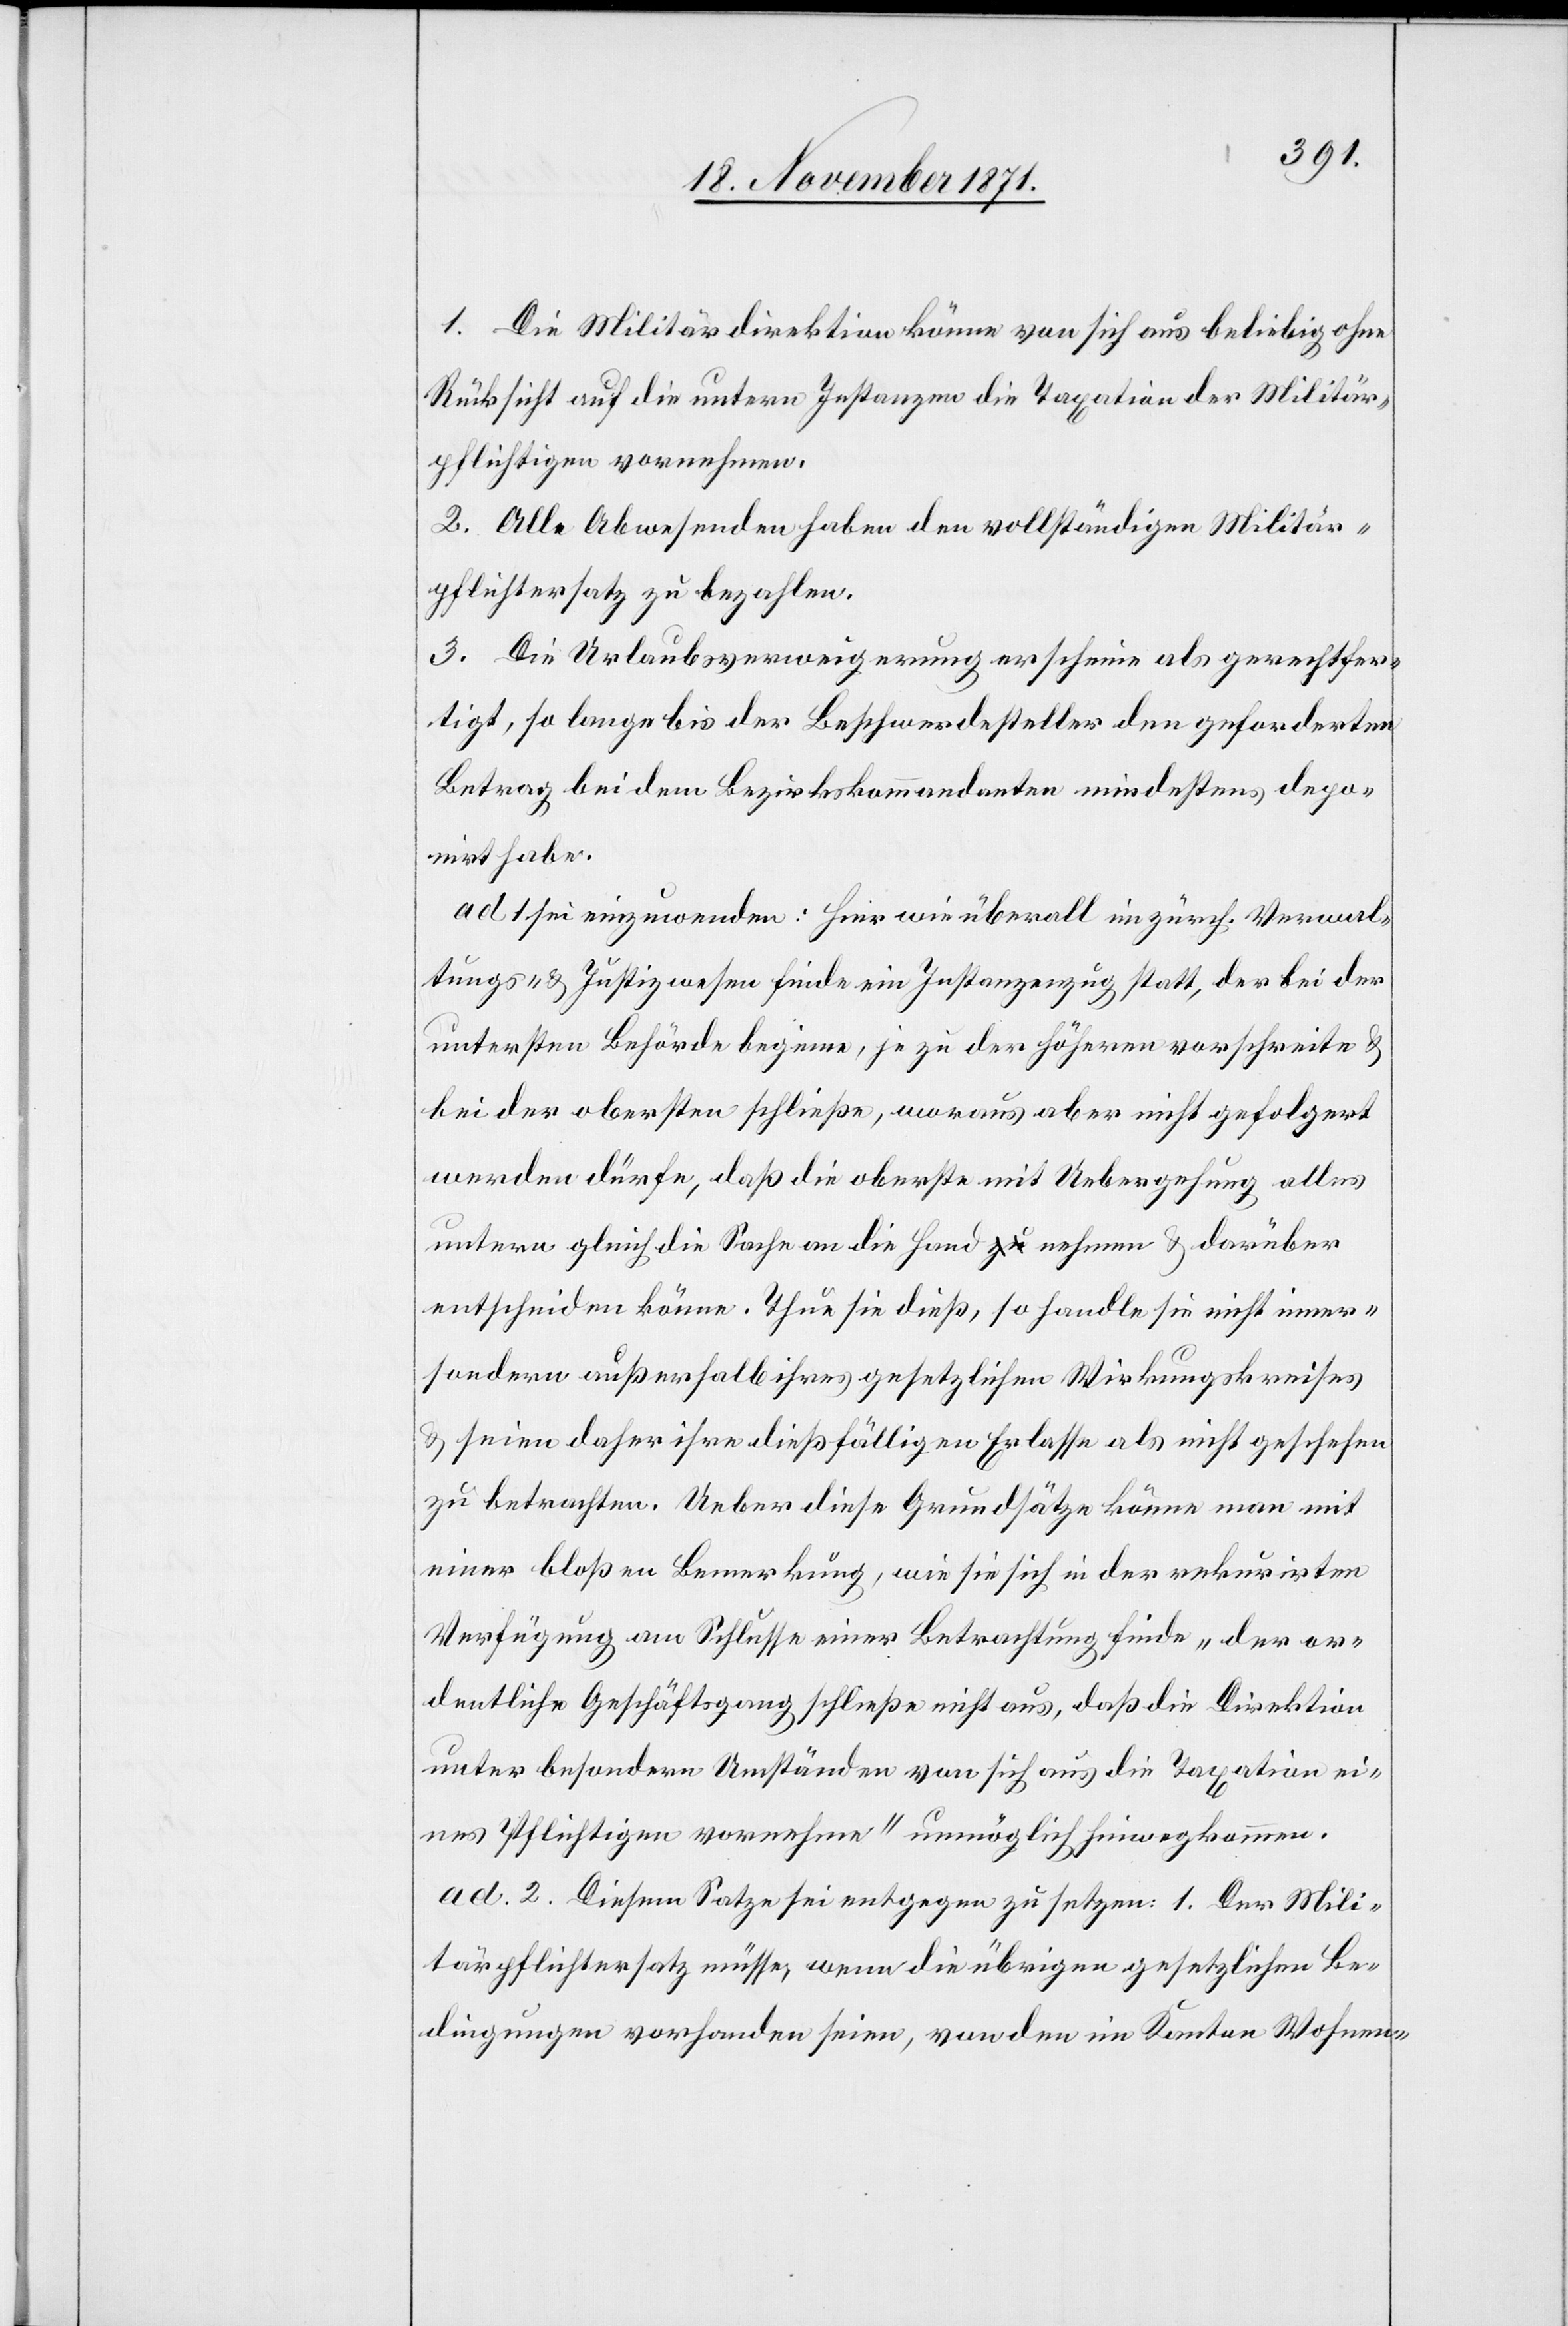
1. Die Militärdirektion könne von sich aus beliebig ohne
Rücksicht auf die untern Instanzen die Taxation der Militär¬
pflichtigen vornehmen.
2. Alle Abwesenden haben den vollständigen Militär¬
pflichtersatz zu bezahlen.
3. Die Urlaubsverweigerung erscheine als gerechtfer¬
tigt, so lange bis der Beschwerdesteller den geforderten
Betrag bei dem Bezirkskommandanten mindestens depo¬
nirt habe.
ad. 1 sei einzuordnen: Hier wie überall im zürch. Verwal¬
tungs- & Justizwesen finde ein Instanzenzug statt, der bei der
untersten Behörde beginne, je zu der höheren vorschreite &
bei der obersten schließt, woraus aber nicht gefolgert
werden dürfe, daß die oberste mit Uebergehung aller
untern gleich die Sache an die Hand nehme & darüber
entscheiden könne. Thue sie dieß, so handle sie nicht inner-
sondern außerhalb ihres gesetzlichen Wirkungskreises
& seien daher ihre dießfälligen Erlasse als nicht geschehen
zu betrachten. Ueber diese Grundsätze könne man mit
einer bloßen Bemerkung, wie sie sich in der rekurrirten
Verfügung am Schlusse einer Betrachtung finde „der or¬
dentliche Geschäftsgang schließe nicht aus, daß die Direktion
unter besondern Umständen von sich aus die Taxation ei¬
nes Pflichtigen vornehme“ unmöglich hinwegkommen.
ad. 2. Diesem Satze sei entgegen zu setzen: 1. Der Mili¬
tärpflichtersatz müsse, wenn die übrigen gesetzlichen Be¬
dingungen vorhanden seien, von den im Kanton Wohnen-